Trukikaitis_Postimees, lk 46
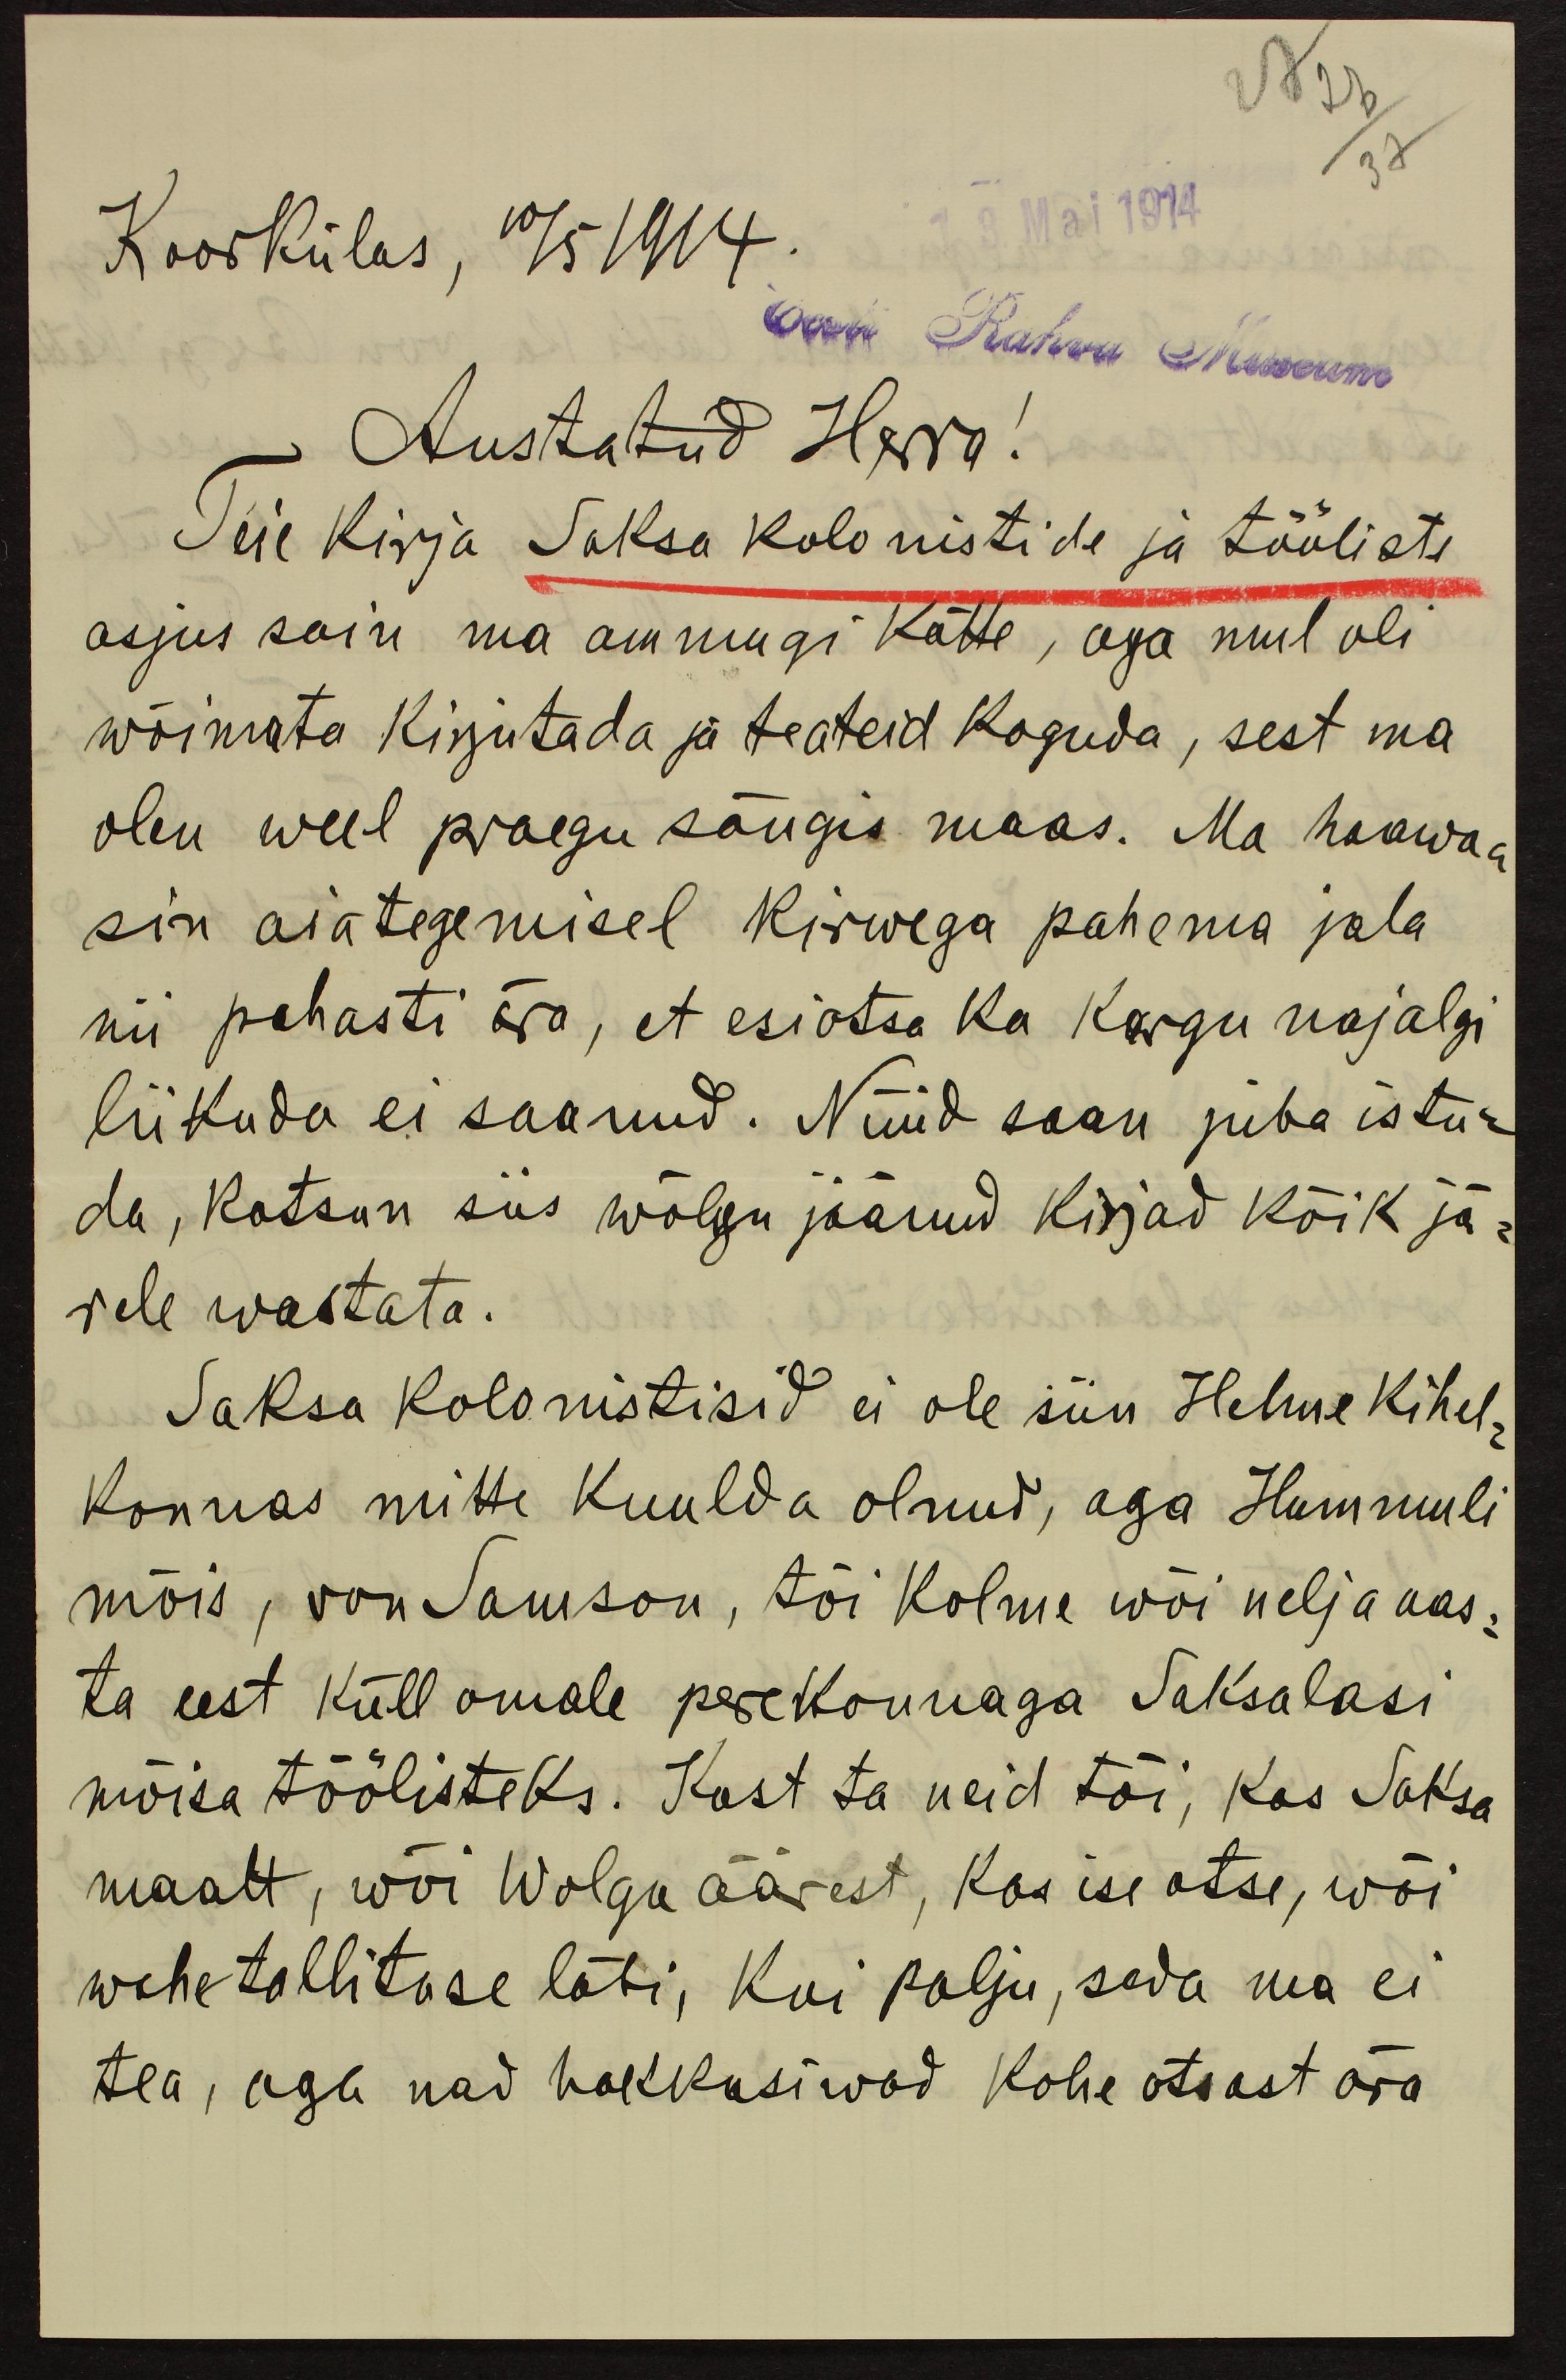
27 26
37
Koorkülas, 10/5 1914.
13. Mai 1914
Eesti Rahva Museum
Austatud Herra!
Teie kirja Saksa kolonistide ja tööliste
asjus sain ma ammugi kätte, aga mul oli
wõimata kirjutada ja teateid koguda, sest ma
olen weel praegu sängis maas. Ma haawa-
sin aiategemisel kirwega pahema jala
nii pahasti ära, et esiotsa ka kargu najalgi
liikuda ei saanud. Nüüd saan juba istu-
da, katsun siis wõlgu jäänud kirjad kõik jä-
rele wastata.
Saksa kolonistisid ei ole siin Helme kihel-
konnas mitte kuulda olnud, aga Hummuli
mõis, von Samson, tõi kolme wõi nelja aas-
ta eest küll omale perekonnaga Saksalasi
mõisa töölisteks. Kust ta neid tõi, kas Saksa
maalt, wõi Wolga äärest, kas ise otse, wõi
wahetallituse läbi; kui palju, seda ma ei
tea, aga nad hakkasiwad kohe otsast ära